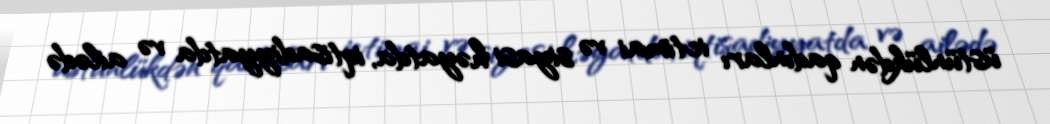
üstünlükdən qadınları ictimai və siyasi həyatda, iqtisadiyyatda və ailədə